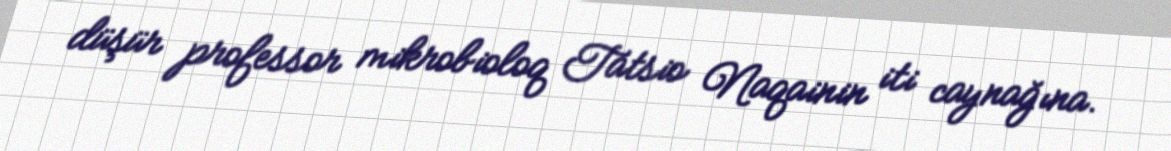
düşür professor mikrobioloq Tatsio Naqainin iti caynağına.